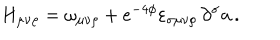
H _ { \mu \nu \rho } = \omega _ { \mu \nu \rho } + e ^ { - 4 \phi } \varepsilon _ { \sigma \mu \nu \rho } \, \partial ^ { \sigma } { \bf a } \, .